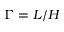
\Gamma = L / H